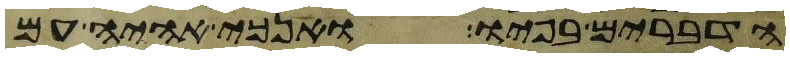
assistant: הדברים בפיו ואנכי אהיה עם